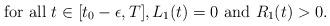
LaTeX: \begin{align*} \mbox{for all}\ t\in[t_0-\epsilon,T], L_1(t)=0 \ \mbox{and}\ R_1(t)>0.\end{align*}